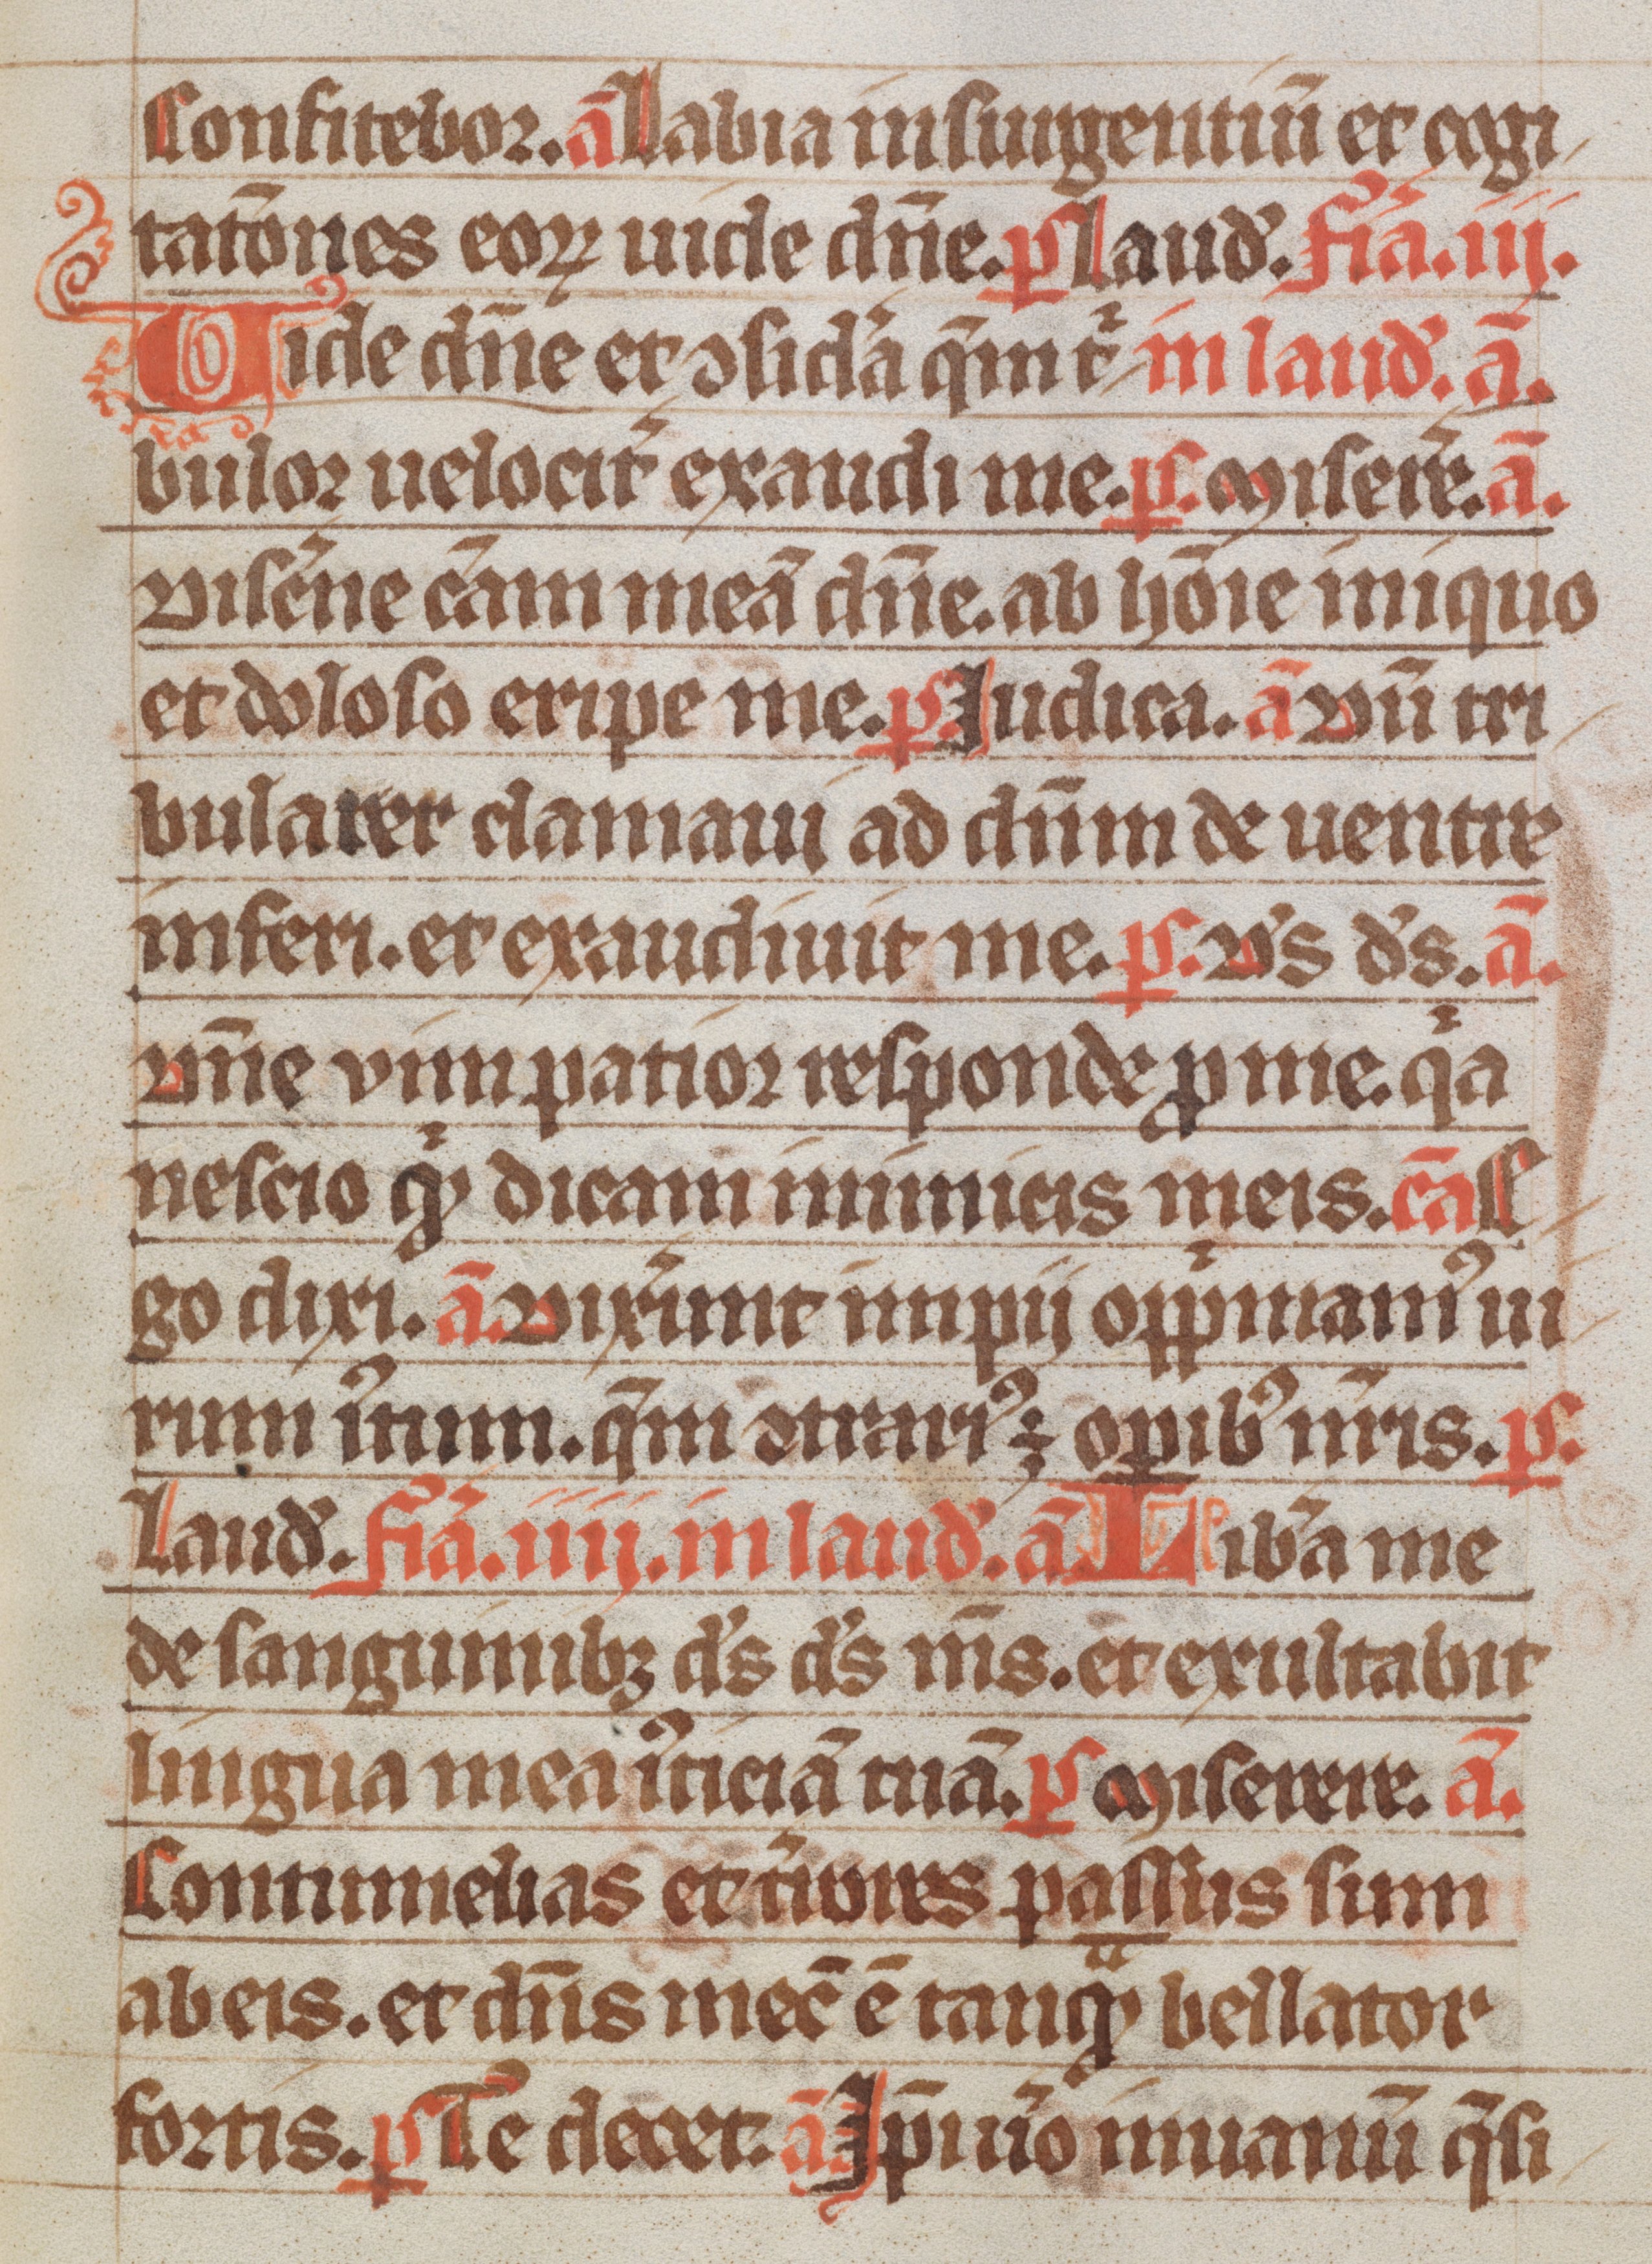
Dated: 1300–1349